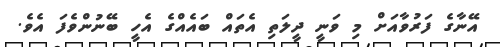
އޭނާގެ ފަރުވާއަށް މި ވަނީ ދީލަތި އެތައް ބައެއްގެ އެހީ ބޭނުންވެފަ އެވެ.